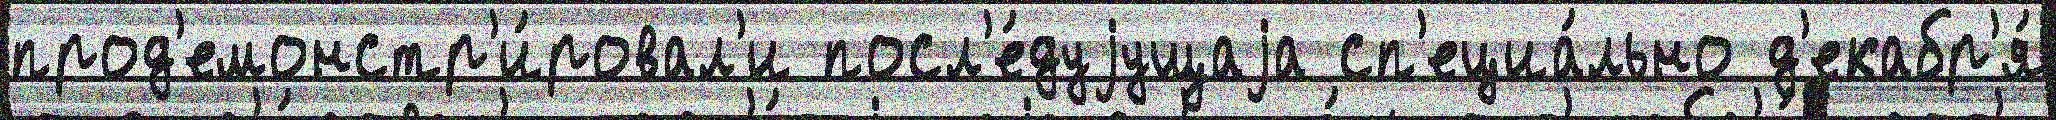
прод'емонстр'и́ровал'и посл'е́дуjущаjа сп'ециа́льно д'екабр'я́